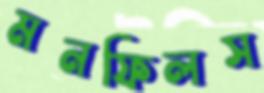
মনফিলস